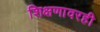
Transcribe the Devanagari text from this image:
शिक्षणावरही